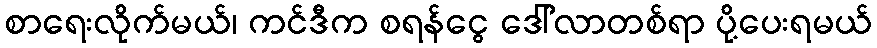
စာရေးလိုက်မယ်၊ ကင်ဒီက စရန်ငွေ ဒေါ်လာတစ်ရာ ပို့ပေးရမယ်